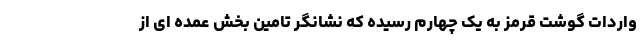
واردات گوشت قرمز به یک چهارم رسیده که نشانگر تامین بخش عمده ای از